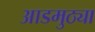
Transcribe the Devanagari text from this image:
आडमुठ्या